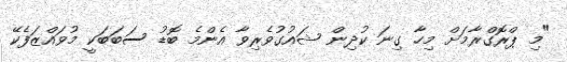
"މި ޕްރޮގްރާމަށް މިހާ ގިނަ ކުދިން ޝައުގުވެރިވާ އެންމެ ބޮޑު ސަބަަބަކީ މުވައްޒަފެކޭ